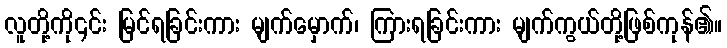
လူတို့ကို၎င်း မြင်ရခြင်းကား မျက်မှောက်၊ ကြားရခြင်းကား မျက်ကွယ်တို့ဖြစ်ကုန်၏။